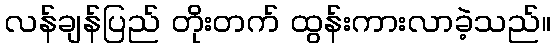
လန်ချန်ပြည် တိုးတက် ထွန်းကားလာခဲ့သည်။